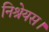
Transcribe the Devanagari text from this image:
निश्रेयस।